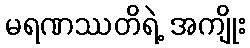
မရဏဿတိရဲ့ အကျိုး